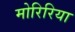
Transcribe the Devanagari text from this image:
मोरिरिया